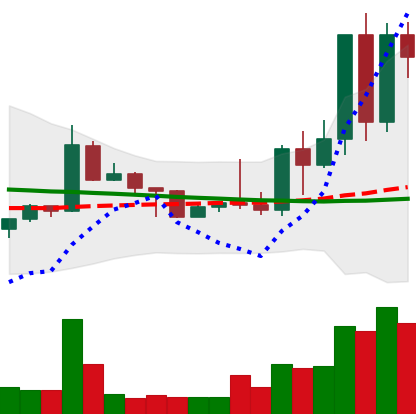
Ticker: TRX-USD
Chart end date: 2022-05-07
Forward return: -19.05%
Label: down_7plus